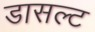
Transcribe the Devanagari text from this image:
डासल्ट